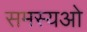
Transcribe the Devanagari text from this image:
समस्यओ